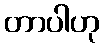
တာပါဟု